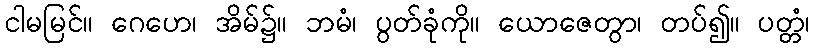
ငါမမြင်။ ဂေဟေ၊ အိမ်၌။ ဘမံ၊ ပွတ်ခုံကို။ ယောဇေတွာ၊ တပ်၍။ ပတ္တံ၊